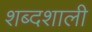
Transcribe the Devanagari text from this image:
शब्दशाली